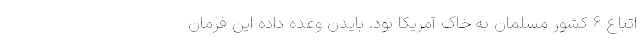
اتباع 6 کشور مسلمان به خاک آمریکا بود. بایدن وعده داده این فرمان